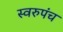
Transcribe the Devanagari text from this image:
स्वरुपंच